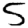
Digit: 5